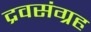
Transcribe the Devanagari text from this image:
द्रवसंग्रह